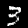
Label: 3